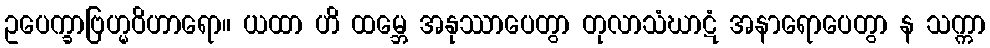
ဥပေက္ခာဗြဟ္မဝိဟာရော။ ယထာ ဟိ ထမ္ဘေ အနုဿာပေတွာ တုလာသံဃာဋံ အနာရောပေတွာ န သက္ကာ